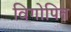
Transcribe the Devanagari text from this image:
विगोपित